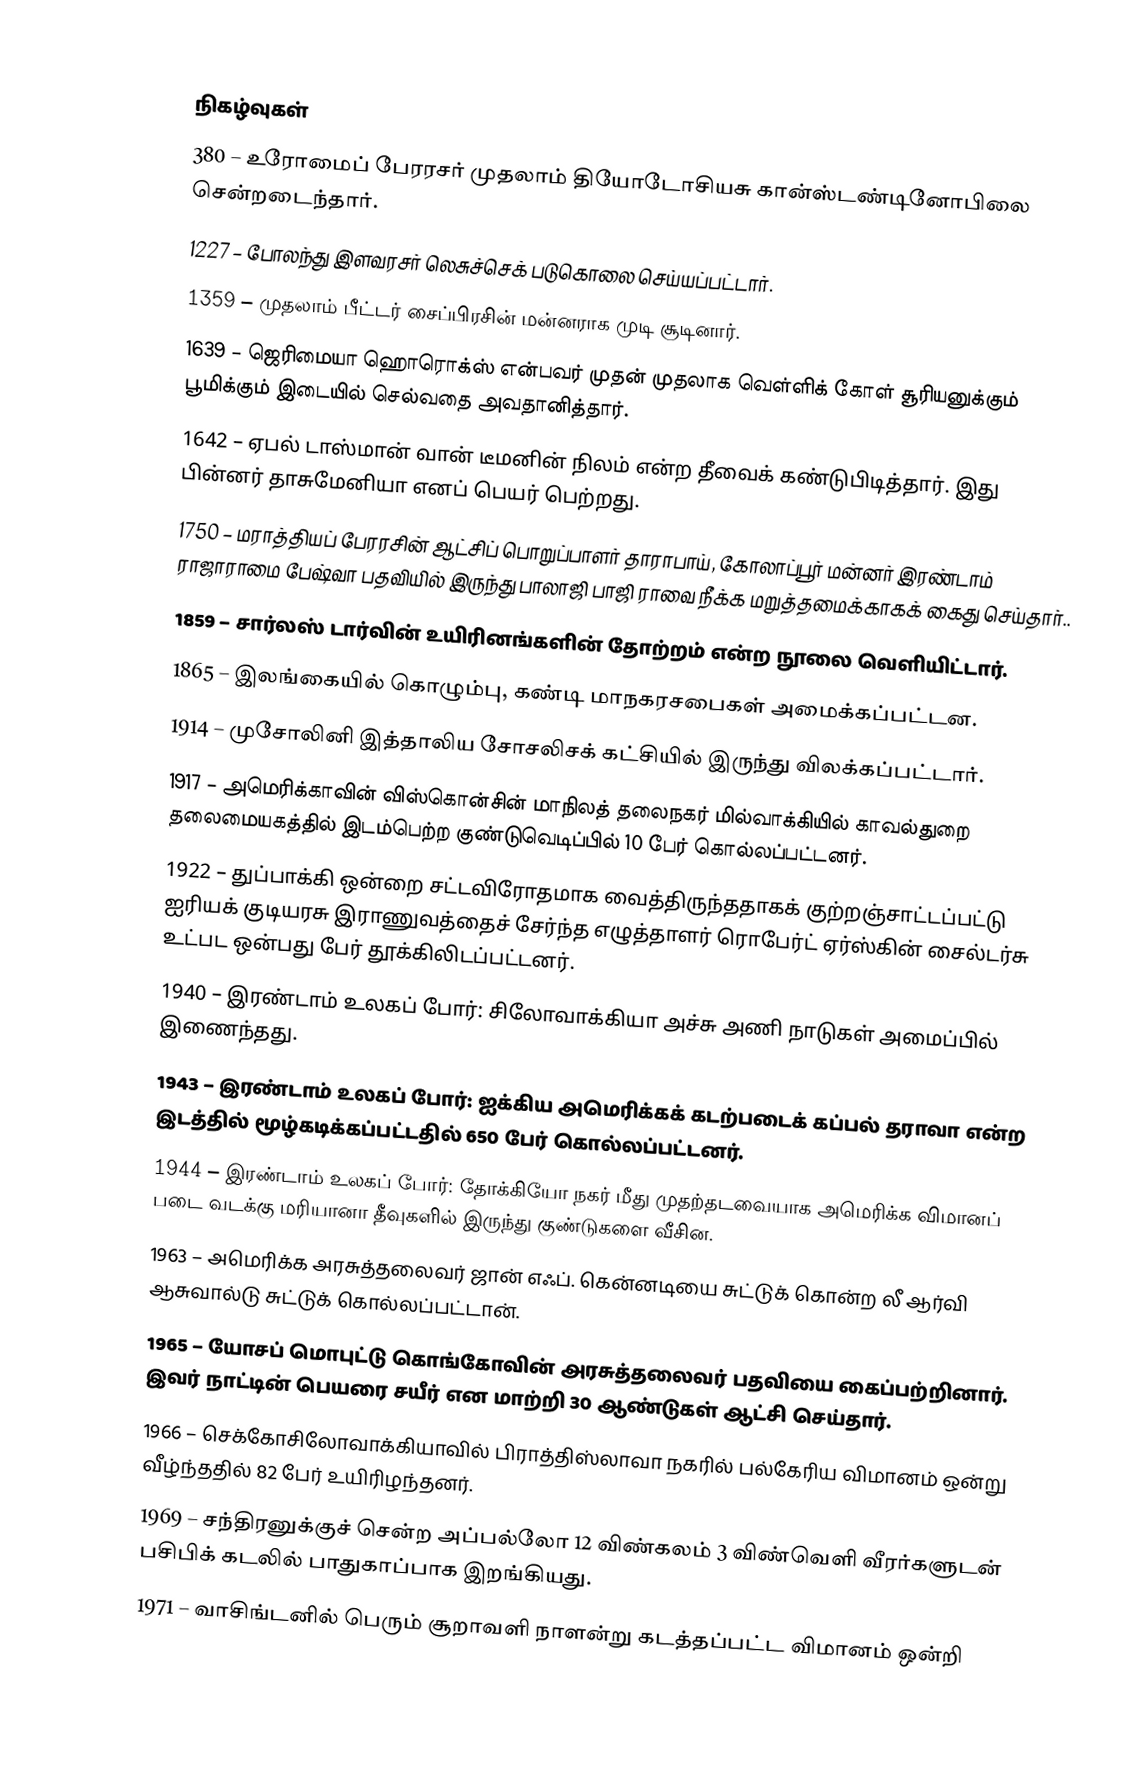

நிகழ்வுகள்
 380 – உரோமைப் பேரரசர் முதலாம் தியோடோசியசு கான்ஸ்டண்டினோபிலை சென்றடைந்தார்.
1227 – போலந்து இளவரசர் லெசுச்செக் படுகொலை செய்யப்பட்டார்.
1359 – முதலாம் பீட்டர் சைப்பிரசின் மன்னராக முடி சூடினார்.
1639 – ஜெரிமையா ஹொரொக்ஸ் என்பவர் முதன் முதலாக வெள்ளிக் கோள் சூரியனுக்கும் பூமிக்கும் இடையில் செல்வதை அவதானித்தார்.
1642 – ஏபல் டாஸ்மான் வான் டீமனின் நிலம் என்ற தீவைக் கண்டுபிடித்தார். இது பின்னர் தாசுமேனியா எனப் பெயர் பெற்றது.
1750 – மராத்தியப் பேரரசின் ஆட்சிப் பொறுப்பாளர் தாராபாய், கோலாப்பூர் மன்னர் இரண்டாம் ராஜாராமை பேஷ்வா பதவியில் இருந்து பாலாஜி பாஜி ராவை நீக்க மறுத்தமைக்காகக் கைது செய்தார்..
1859 – சார்லஸ் டார்வின் உயிரினங்களின் தோற்றம் என்ற நூலை வெளியிட்டார்.
1865 – இலங்கையில் கொழும்பு, கண்டி மாநகரசபைகள் அமைக்கப்பட்டன.
1914 – முசோலினி இத்தாலிய சோசலிசக் கட்சியில் இருந்து விலக்கப்பட்டார்.
1917 – அமெரிக்காவின் விஸ்கொன்சின் மாநிலத் தலைநகர் மில்வாக்கியில் காவல்துறை தலைமையகத்தில் இடம்பெற்ற குண்டுவெடிப்பில் 10 பேர் கொல்லப்பட்டனர்.
1922 – துப்பாக்கி ஒன்றை சட்டவிரோதமாக வைத்திருந்ததாகக் குற்றஞ்சாட்டப்பட்டு ஐரியக் குடியரசு இராணுவத்தைச் சேர்ந்த எழுத்தாளர் ரொபேர்ட் ஏர்ஸ்கின் சைல்டர்சு உட்பட ஒன்பது பேர் தூக்கிலிடப்பட்டனர்.
1940 – இரண்டாம் உலகப் போர்: சிலோவாக்கியா அச்சு அணி நாடுகள் அமைப்பில் இணைந்தது.
1943 – இரண்டாம் உலகப் போர்: ஐக்கிய அமெரிக்கக் கடற்படைக் கப்பல் தராவா என்ற இடத்தில் மூழ்கடிக்கப்பட்டதில் 650 பேர் கொல்லப்பட்டனர்.
1944 – இரண்டாம் உலகப் போர்: தோக்கியோ நகர் மீது முதற்தடவையாக அமெரிக்க விமானப் படை வடக்கு மரியானா தீவுகளில் இருந்து குண்டுகளை வீசின.
1963 – அமெரிக்க அரசுத்தலைவர் ஜான் எஃப். கென்னடியை சுட்டுக் கொன்ற லீ ஆர்வி ஆசுவால்டு சுட்டுக் கொல்லப்பட்டான்.
1965 – யோசப் மொபுட்டு கொங்கோவின் அரசுத்தலைவர் பதவியை கைப்பற்றினார். இவர் நாட்டின் பெயரை சயீர் என மாற்றி 30 ஆண்டுகள் ஆட்சி செய்தார்.
1966 – செக்கோசிலோவாக்கியாவில் பிராத்திஸ்லாவா நகரில் பல்கேரிய விமானம் ஒன்று வீழ்ந்ததில் 82 பேர் உயிரிழந்தனர்.
1969 – சந்திரனுக்குச் சென்ற அப்பல்லோ 12 விண்கலம் 3 விண்வெளி வீரர்களுடன் பசிபிக் கடலில் பாதுகாப்பாக இறங்கியது.
1971 – வாசிங்டனில் பெரும் சூறாவளி நாளன்று கடத்தப்பட்ட விமானம் ஒன்றி